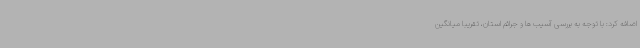
اضافه کرد: با توجه به بررسی آسیب ها و جرائم استان، تقریبا میانگین